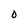
Character: O